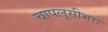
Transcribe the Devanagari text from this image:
चापलूसीभरा